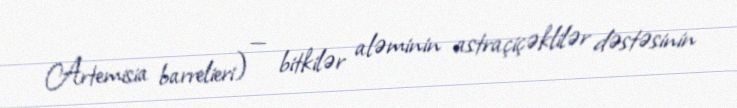
Artemisia barrelieri) — bitkilər aləminin astraçiçəklilər dəstəsinin